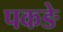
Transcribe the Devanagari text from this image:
पकङे